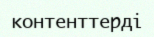
контенттерді